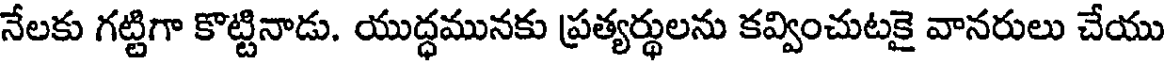
నేలకు గట్టిగా కొట్టినాడు. యుద్ధమునకు ప్రత్యర్థులను కవ్వించుటకై వానరులు చేయు